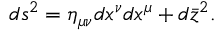
d s ^ { 2 } = \eta _ { \mu \nu } d x ^ { \nu } d x ^ { \mu } + d \bar { z } ^ { 2 } .